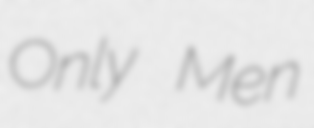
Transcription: Only Men